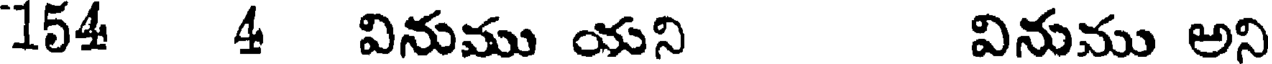
154 4 వినుము యని వినుము అని